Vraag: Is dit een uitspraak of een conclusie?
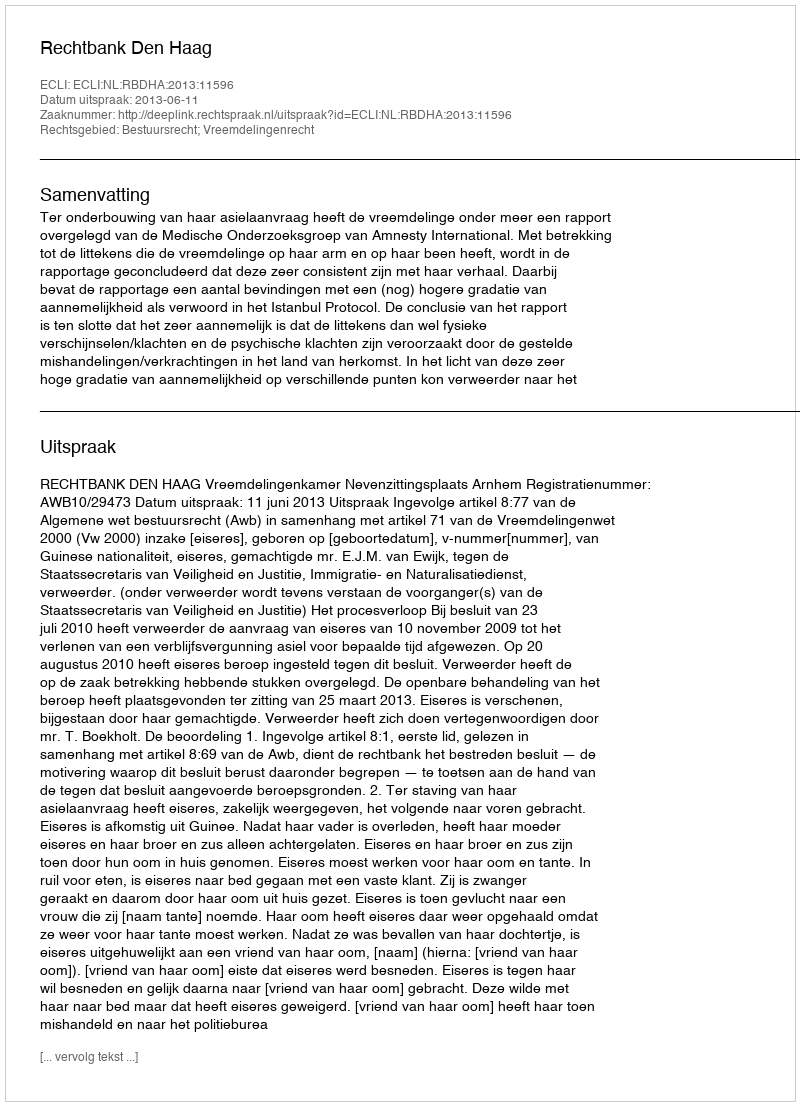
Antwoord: Uitspraak